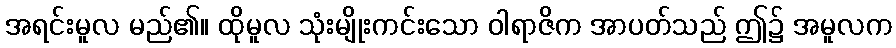
အရင်းမူလ မည်၏။ ထိုမူလ သုံးမျိုးကင်းသော ဝါရာဇိက အာပတ်သည် ဤ၌ အမူလက